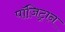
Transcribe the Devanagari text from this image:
पॉजि़ट्रान